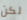
لكن